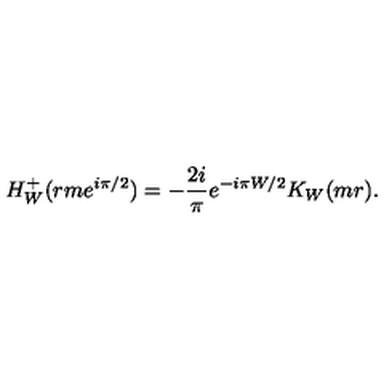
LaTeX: H _ { W } ^ { + } ( r m e ^ { i \pi / 2 } ) = - \frac { 2 i } { \pi } e ^ { - i \pi W / 2 } K _ { W } ( m r ) .